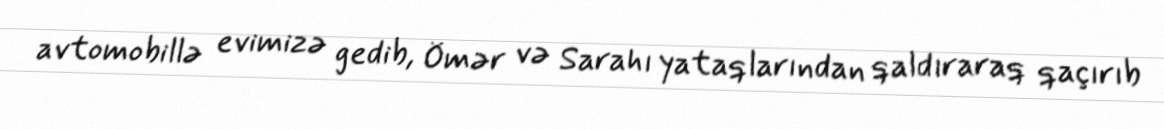
avtomobillə evimizə gedib, Ömər və Sarahı yataqlarından qaldıraraq qaçırıb